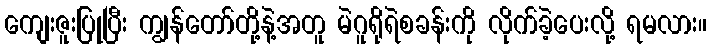
ကျေးဇူးပြုပြီး ကျွန်တော်တို့နဲ့အတူ မဲဂူရိုရဲစခန်းကို လိုက်ခဲ့ပေးလို့ ရမလား။